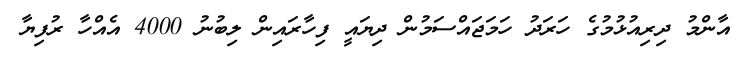
އާންމު ދިރިއުޅުމުގެ ހަރަދު ހަމަޖައްސަމުން ދިޔައީ ފިހާރައިން ލިބުނު 4000 އެއްހާ ރުފިޔާ